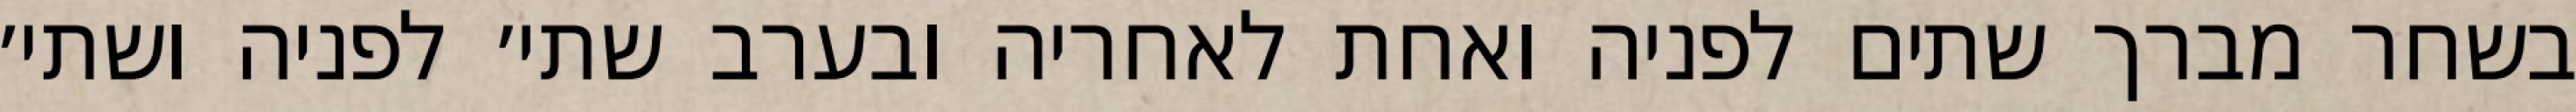
בשחר מברך שתים לפניה ואחת לאחריה ובערב שתי׳ לפניה ושתי׳